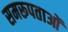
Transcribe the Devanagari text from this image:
समरूपताओं